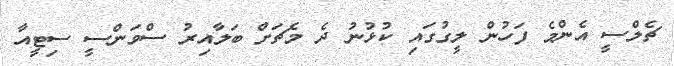
ޗެލްސީ އެންމެ ފަހުން ލީގުގައި ކުޅުނު ދެ މެޗަށް ބަލާއިރު ސްވަންސީ ސިޓީއާ